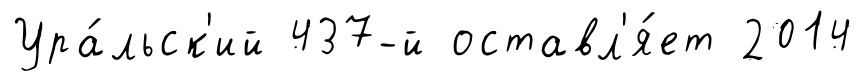
Ура́льск'ий 437-й оставл'я́ет 2014